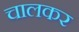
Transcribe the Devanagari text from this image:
चालकर